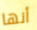
أنها